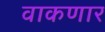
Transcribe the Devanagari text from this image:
वाकणार